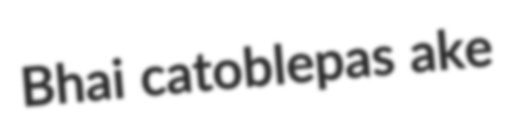
Bhai catoblepas ake